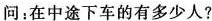
问：在中途下车的有多少人?